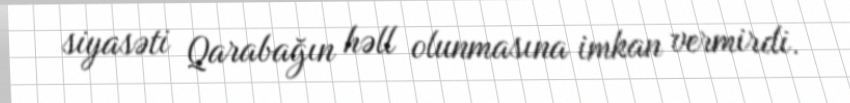
siyasəti Qarabağın həll olunmasına imkan vermirdi.